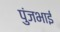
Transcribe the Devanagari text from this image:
पुंजभाई